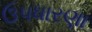
ઉપધારણા